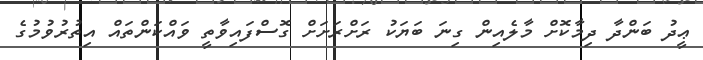
ޢީދު ބަންދާ ދިމާކޮށް މާލެއިން ގިނަ ބަޔަކު ރަށްރަށަށް ގޮސްފައިވާތީ ވައްކަންތައް އިތުރުވުމުގެ